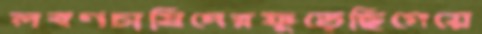
লবণচাষিদেরফুঁড়েছিগেয়ে